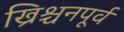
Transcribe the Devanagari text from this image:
ख्रिश्चनपूर्व